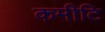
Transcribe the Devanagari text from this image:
कमीटि